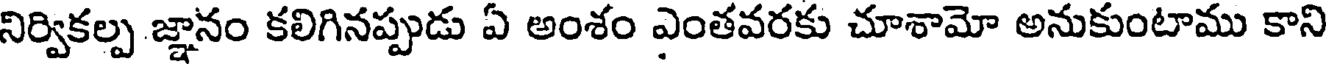
నిర్వికల్ప జ్ఞానం కలిగినప్పుడు ఏ అంశం ఎంతవరకు చూశామో అనుకుంటాము కాని